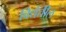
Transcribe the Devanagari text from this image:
विद्येतील